Annual statistical returns and brief notes on vaccination in Bengal - 1896-1909
Year: 1896
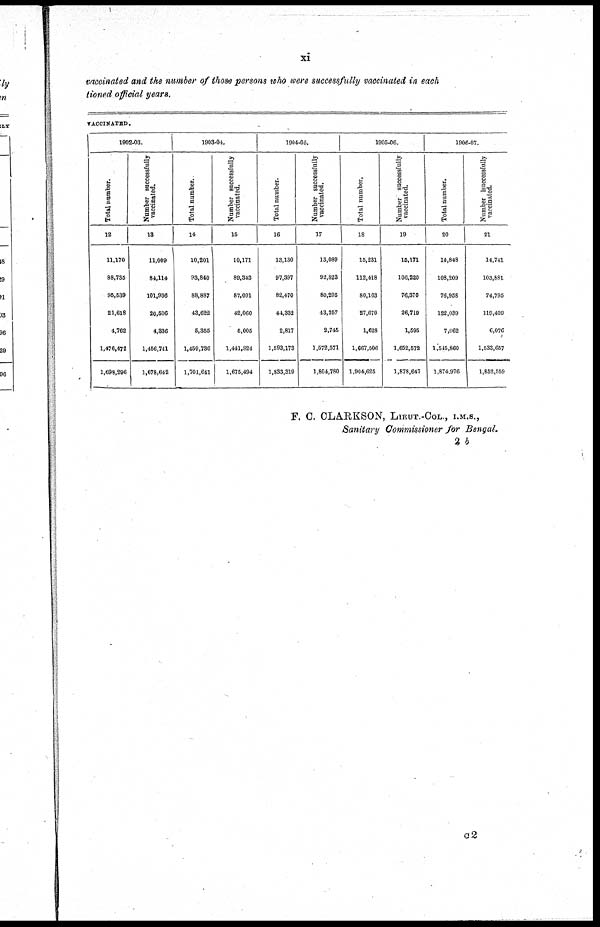
xi
vaccinated and the number of those persons who were successfully vaccinated in each
tioned official years.
VACCINATED.
1902-03.
Total number.
12
11,170
88,735
95,539
21,618
4,762
1,476,472
1,698,296
Number successfully
vaccinated.
13
11,009
84,114
101,936
20,506
4,336
1,456,741
1,678,642
1903-04.
Total number.
14
10,201
93,840
88,887
43,622
5,355
1,459,736
1,701,641
Number successfully
vaccinated.
15
10,171
89,343
87,091
42,060
5,005
1,441,824
1,675,494
1904-05.
Total number.
16
13,130
97,397
82,470
44,332
2,817
1,593,173
1,833,319
Number successfully
vaccinated.
17
13,069
92,823
80,295
43,257
2,745
1,572,571
1,804,780
1905-06.
Total number.
18
15,231
112,418
80,163
27,679
1,628
1,667,506
1,904,625
Number successfully
vaccinated.
19
15,171
106,220
76,370
26,719
1,595
1,652,572
1,878,647
1906-07.
Total number.
20
14,848
108,209
76,958
122,039
7,062
1,545,860
1,874,976
Number successfully
vaccinated.
21
14,741
103,881
74,795
119,409
6,076
1,533,657
1,852,559
F. C. CLARKSON, LIEUT.-COL., I.M.S.,
Sanitary Commissioner for Bengal.
2 b
c2